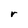
Character: r